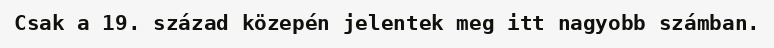
Csak a 19. század közepén jelentek meg itt nagyobb számban.